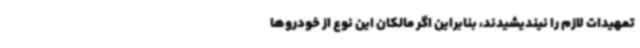
تمهیدات لازم را نیندیشیدند، بنابراین اگر مالکان این نوع از خودروها